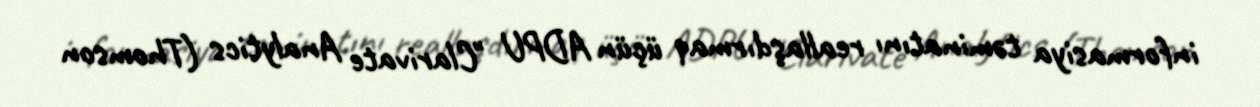
informasiya təminatını reallaşdırmaq üçün ADPU "Clarivate Analytics (Thomson